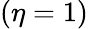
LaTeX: (\eta=1)